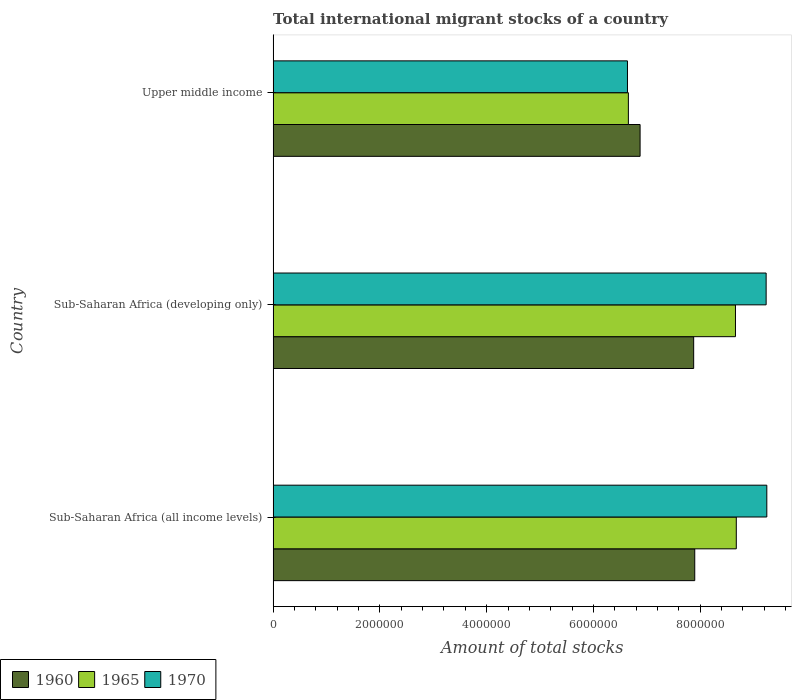
| Country | 1960 | 1965 | 1970 |
 | --- | --- | --- | --- |
 | Sub-Saharan Africa (all income levels) | 7.9e+06 | 8.68e+06 | 9.25e+06 |
 | Sub-Saharan Africa (developing only) | 7.88e+06 | 8.66e+06 | 9.23e+06 |
 | Upper middle income | 6.87e+06 | 6.65e+06 | 6.64e+06 |